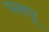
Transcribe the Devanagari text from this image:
पलपू